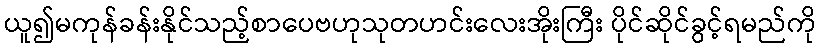
ယူ၍မကုန်ခန်းနိုင်သည့်စာပေဗဟုသုတဟင်းလေးအိုးကြီး ပိုင်ဆိုင်ခွင့်ရမည်ကို